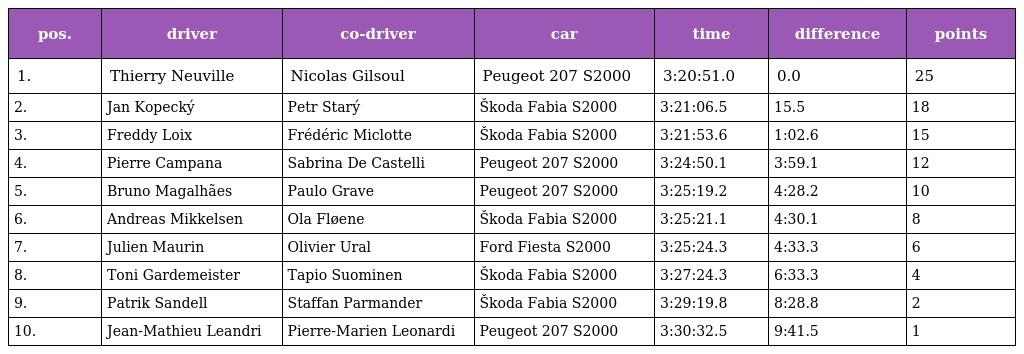
| pos. | driver | co-driver | car | time | difference | points |
 | --- | --- | --- | --- | --- | --- | --- |
 | 1. | Thierry Neuville | Nicolas Gilsoul | Peugeot 207 S2000 | 3:20:51.0 | 0.0 | 25 |
 | 2. | Jan Kopecký | Petr Starý | Škoda Fabia S2000 | 3:21:06.5 | 15.5 | 18 |
 | 3. | Freddy Loix | Frédéric Miclotte | Škoda Fabia S2000 | 3:21:53.6 | 1:02.6 | 15 |
 | 4. | Pierre Campana | Sabrina De Castelli | Peugeot 207 S2000 | 3:24:50.1 | 3:59.1 | 12 |
 | 5. | Bruno Magalhães | Paulo Grave | Peugeot 207 S2000 | 3:25:19.2 | 4:28.2 | 10 |
 | 6. | Andreas Mikkelsen | Ola Fløene | Škoda Fabia S2000 | 3:25:21.1 | 4:30.1 | 8 |
 | 7. | Julien Maurin | Olivier Ural | Ford Fiesta S2000 | 3:25:24.3 | 4:33.3 | 6 |
 | 8. | Toni Gardemeister | Tapio Suominen | Škoda Fabia S2000 | 3:27:24.3 | 6:33.3 | 4 |
 | 9. | Patrik Sandell | Staffan Parmander | Škoda Fabia S2000 | 3:29:19.8 | 8:28.8 | 2 |
 | 10. | Jean-Mathieu Leandri | Pierre-Marien Leonardi | Peugeot 207 S2000 | 3:30:32.5 | 9:41.5 | 1 |